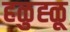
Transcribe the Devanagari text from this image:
हळुह्ळू